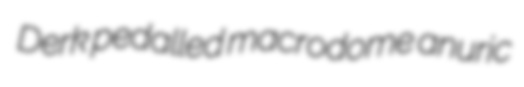
Derk pedalled macrodome anuric